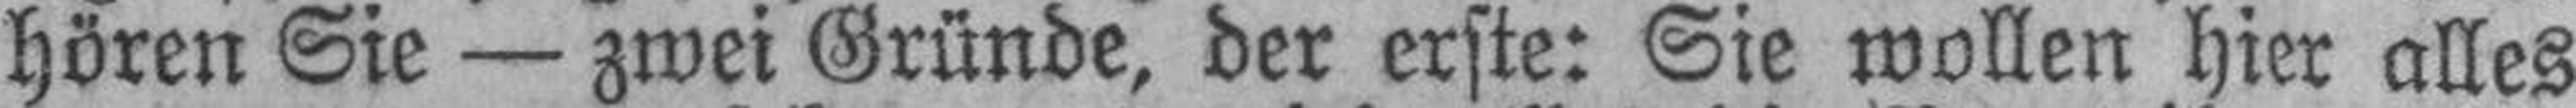
hören Sie — zwei Gründe, der erste: Sie wollen hier alles